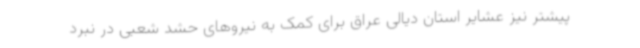
پیشتر نیز عشایر استان دیالی عراق برای کمک به نیروهای حشد شعبی در نبرد